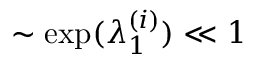
\sim \exp ( \lambda _ { 1 } ^ { ( i ) } ) \ll 1